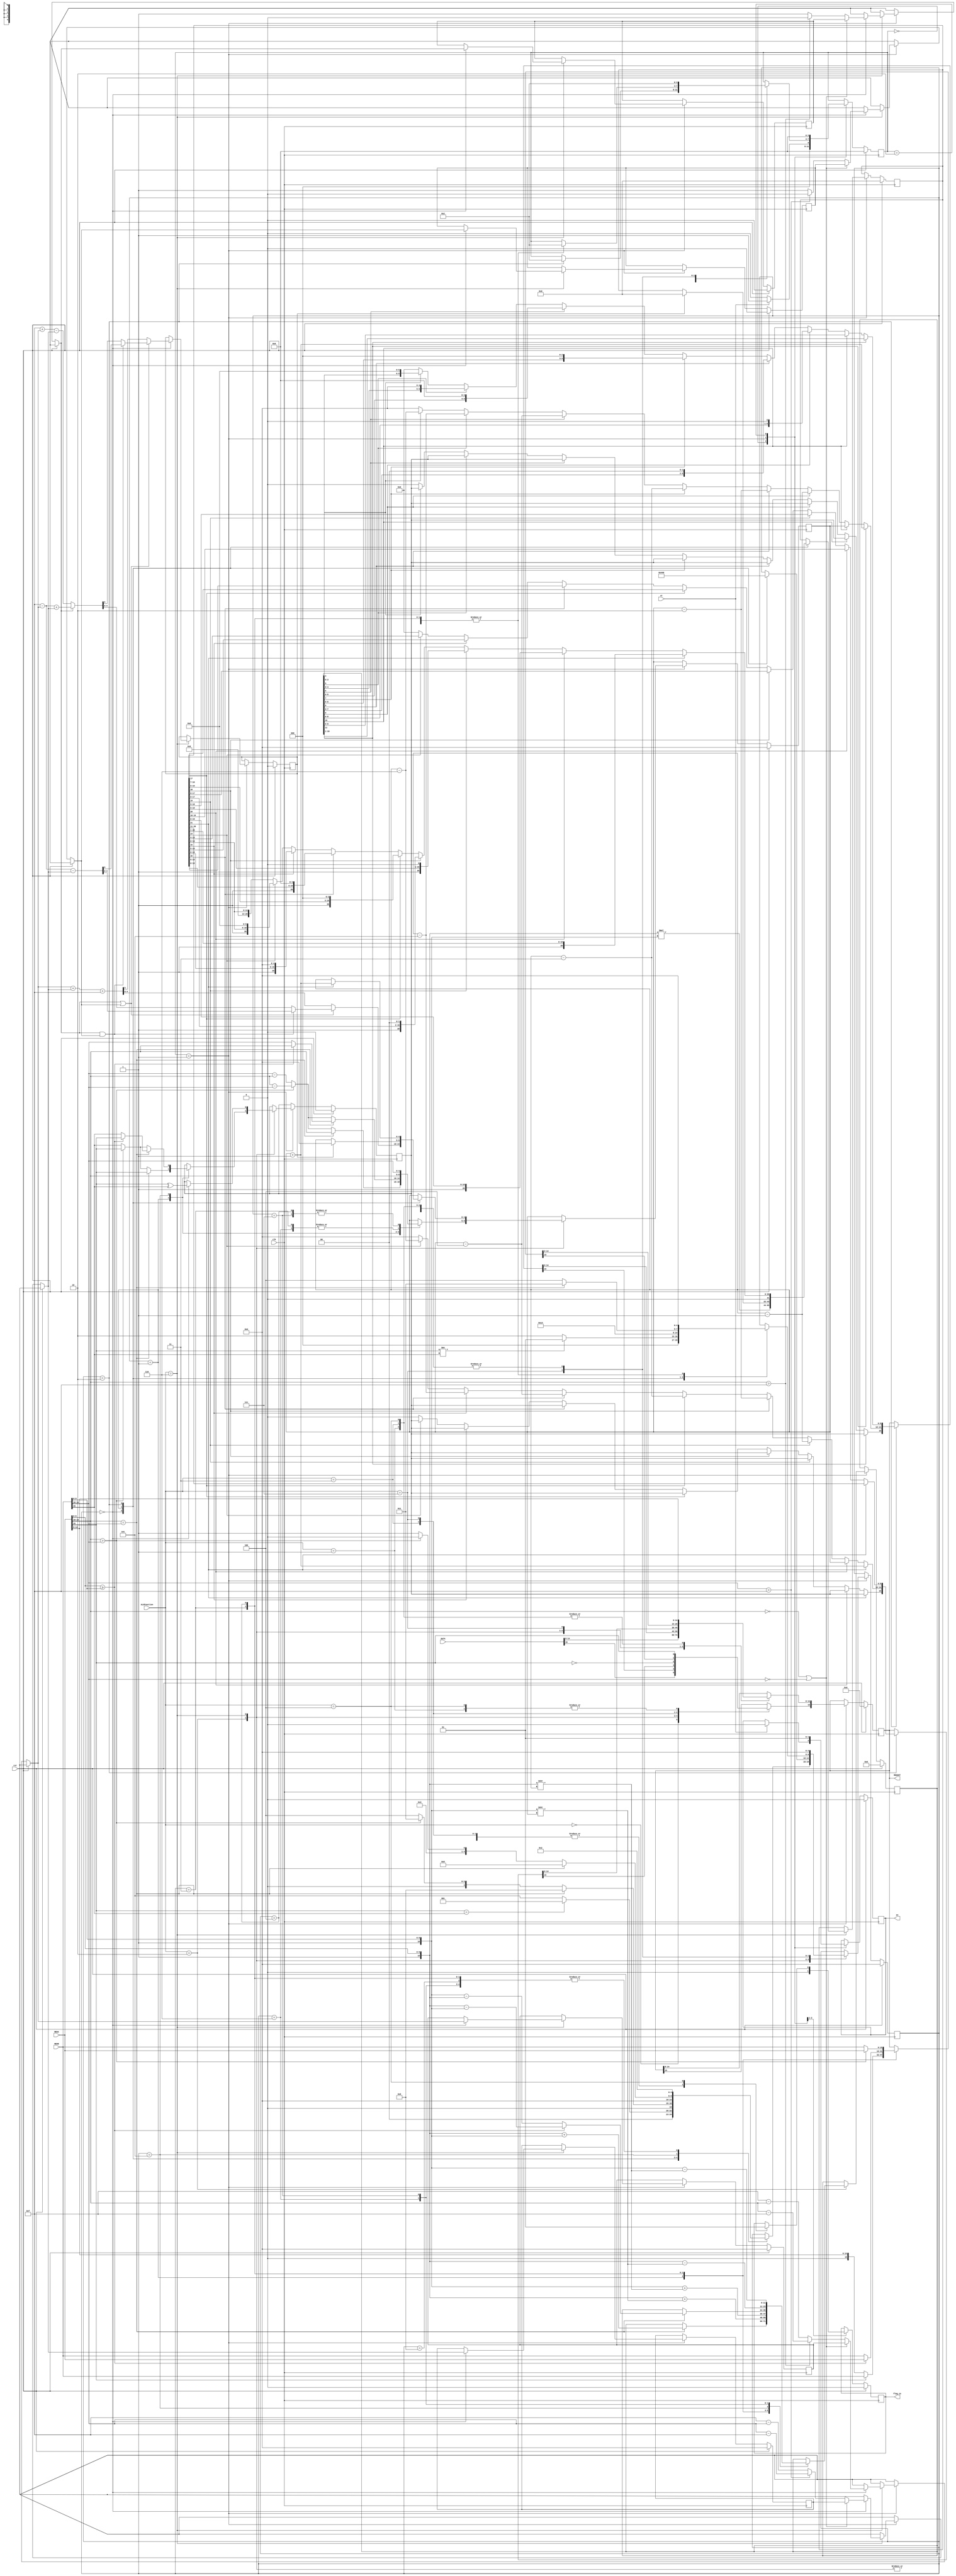
`timescale 1ns/10ps

module FPP_16bALU(clk,rst,st,DATA,REGA,REGB,ALUFunction,REGOUT,en,flag_io);


`define st0 0
`define st1 1
`define st2 2
`define st3 3
`define st4 4
`define st5 5
`define st6 6
`define st7 7
`define st8 8
`define st9 9
`define st10 10
`define st11 11
`define st12 12
`define st13 13
`define st14 14
`define st15 15

parameter  LOAD = 4'b0000, MOV = 4'b0001, ADD = 4'b0010, NEG = 4'b0011,
           STORE = 4'b0100, DIV = 4'b0101, MUL = 4'b0110, MAX = 4'b0111,
           SUB = 4'b1000, CLR = 4'b1001;
		   		   
//input registers
input 			clk ,rst,st;
input [15:0] 	DATA;
input [15:0] 	REGA,REGB;
input [3:0]  	ALUFunction;

//output registers
output reg 		en,flag_io;
output reg [15:0] REGOUT;

//Temporary Variables 
reg [4:0] REGS;
reg [3:0] REGF;

//Temporary Addition Variables
reg [4:0]  TempExp;
reg [11:0] TempMatissa;
reg [21:0] TempMul;
reg [4:0]  TempExpA, TempExpB;
reg TempSign;
reg TempSignA, TempSignB,ExpCarry,MatCarry;
reg [11:0] TempValue;

always @(posedge clk) begin
	if (rst) begin 
	en = 0;
	REGOUT = 0;
	REGS = 0;
	REGF = 0;
	TempExp = 0;
	TempMatissa = 0; 
	TempSign = 0; 
	TempValue = 0; 
	TempMul = 0; 
	TempExpA = 0 ; 
	TempSignA = 0; 
	TempSignB = 0;
	TempExpB = 0; 
	ExpCarry = 0;
	MatCarry = 0;
	flag_io = 0;
	end else begin 
	       
			case(REGF)
			     `st0: begin if (st == 1) begin REGF = `st1; flag_io = 0; en = 0; end 
							 else begin REGF = `st0;flag_io = 0; end  
					   end 
			     `st1: begin en = 0;
							case(ALUFunction) 
								LOAD :  begin REGOUT = DATA; flag_io = 0;  REGS = `st0; REGF = `st2;  end 
								MOV   :  begin REGOUT = REGA ; flag_io = 0; REGS = `st0; REGF = `st2;  end 
								ADD   :  begin flag_io = 0;
										   case(REGS)
											`st0: begin //check if it is signed or not
													    if(REGA[15] == REGB[15]) begin 
														REGS = `st1;
														end else begin 
															REGS = `st5; 
														end 
												  end
											`st1: begin // unsigned so check which is a greater number
														if(REGA[14:10] == REGB[14:10]) begin 
														TempMatissa  = {1'b1,REGA[9:0]}+{1'b1, REGB[9:0]};
														TempExp = REGA[14:10];
														TempSign = REGA[15];
														REGS = `st8;
														end else begin 
														   if(REGA[14:10]> REGB[14:10]) begin 
														   TempExp = REGA[14:10] - REGB[14:10];
														   TempSign = REGA[15];
														   REGS = `st3;
														   end else begin 
														   TempExp = REGB[14:10] - REGA[14:10];
														   TempSign = REGB[15];
														   REGS = `st4;
														   end 
														end
												  end
											`st2: begin  //normalise mantissa and exponent
														if (TempMatissa[11]) begin 
														TempValue = TempMatissa >> 1; 
														REGOUT[9:0] = TempValue[9:0];
														REGOUT[14:10] = TempExp +1;
														REGOUT[15] = TempSign;
														REGS = `st0; REGF = `st2;	
														end else begin
															if(TempMatissa[10])begin
															TempValue = TempMatissa;
															REGOUT[9:0] = TempValue[9:0]; 
															REGOUT[14:10] = TempExp ;
															REGOUT[15] = TempSign;
															REGS = `st0; REGF = `st2;end
															else begin 
																if(TempMatissa[9])begin
																TempValue = TempMatissa << 1;
																REGOUT[9:0] = TempValue[9:0]; 
																REGOUT[14:10] = TempExp -1 ;
																REGOUT[15] = TempSign;
																REGS = `st0; REGF = `st2;end
																else begin 
																	if(TempMatissa[8])begin
																	TempValue = TempMatissa << 2;
																	REGOUT[9:0] = TempValue[9:0]; 
																	REGOUT[14:10] = TempExp -2 ;
																	REGOUT[15] = TempSign;
																	REGS = `st0; REGF = `st2;end
																	else begin
																		if(TempMatissa[7])begin
																		TempValue = TempMatissa << 3;
																		REGOUT[9:0] = TempValue[9:0]; 
																		REGOUT[14:10] = TempExp -3 ;
																		REGOUT[15] = TempSign;
																		REGS = `st0; REGF = `st2;end 
																		else begin 
																			if(TempMatissa[6])begin
																			TempValue = TempMatissa << 4;
																			REGOUT[9:0] = TempValue[9:0]; 
																			REGOUT[14:10] = TempExp -4 ;
																			REGOUT[15] = TempSign;
																			REGS = `st0; REGF = `st2;end
																			else begin 
																				if(TempMatissa[5])begin
																				TempValue = TempMatissa << 5;
																				REGOUT[9:0] = TempValue[9:0]; 
																				REGOUT[14:10] = TempExp -5 ;
																				REGOUT[15] = TempSign;
																				REGS = `st0; REGF = `st2;end
																				else begin 
																					if(TempMatissa[4])begin
																					TempValue = TempMatissa << 6;
																					REGOUT[9:0] = TempValue[9:0]; 
																					REGOUT[14:10] = TempExp -6 ;
																					REGOUT[15] = TempSign;
																					REGS = `st0; REGF = `st2;end
																					else begin 
																					TempValue = 12'b000000000000;
																					REGOUT[9:0] = 10'b0000000000; 
																					REGOUT[14:10] = 5'b00000 ;
																					REGOUT[15] = 0;
																					REGS = `st0; REGF = `st2;
																					end 
																				end 
																			end
																		end
																	end 	
																end 	
															end
														end 	
												  end
											`st3: begin 
													TempValue[10:0] = {1'b1, REGB[9:0]} >> TempExp;
													TempMatissa = {1'b1,REGA[9:0]} + TempValue[10:0];
													TempExp = REGA[14:10];
													REGS = `st2;													
												  end
											`st4: begin 
													TempValue[10:0]  = {1'b1,REGA[9:0]} >> TempExp;
													TempMatissa = {1'b1,REGB[9:0]} + TempValue[10:0];
													TempExp = REGB[14:10];
													REGS = `st2;													
												  end
											`st5: begin 
														if(REGA[14:10] == REGB[14:10]) begin 
															if(REGA[9:0] >= REGB[9:0]) begin
															TempExp = REGA[14:10];
															TempMatissa = {1'b1,REGA[9:0]} - {1'b1, REGB[9:0]};
															TempSign = REGA [15];
															REGS = `st8;
															end else begin
															TempExp = REGB[14:10];
															TempMatissa = {1'b1,REGB[9:0]} - {1'b1, REGA[9:0]};
															TempSign = REGB[15];
															REGS = `st8;
															end 
														end else begin 
															if(REGA[14:10] > REGB[14:10]) begin
															TempExp = REGA[14:10] - REGB[14:10];
															TempSign = REGA [15];
															REGS = `st6; 
															end else begin
															TempExp = REGB[14:10]- REGA[14:10];
															TempSign = REGB[15];
															REGS = `st7 ;
															end 
														end
												  end 
											`st6: begin 
													TempValue[10:0]  = {1'b1, REGB[9:0]} >> TempExp;
													TempMatissa = {1'b1,REGA[9:0]} - TempValue[10:0];
													TempExp = REGA[14:10];
													REGS = `st2;													
												  end
											`st7: begin 
													TempValue[10:0]  = {1'b1,REGA[9:0]} >> TempExp;
													TempMatissa = {1'b1,REGB[9:0]} - TempValue[10:0];
													TempExp = REGB[14:10];
													REGS = `st2;													
												  end
										    `st8: begin 
												  REGS = `st2;
												  end 
										   endcase
										 end 
								MUL    :  begin flag_io = 0;
											case(REGS)
												`st0: begin
														TempSign = REGA[15] ^ REGB[15];
														if ((REGA[14:10]  == 4'b0000) || (REGB[14:10]  == 4'b0000)) begin 
															 if(REGB[14:10] == 4'b0000) begin 
															 TempExp = REGA[14:10]; 
															 end else begin 
															 TempExp = REGB[14:10]; end 
														end else begin 
																if(REGA[14:10] > 5'b01111) begin 
																TempExpA = REGA[14:10] - 5'b01111 ; 
																TempSignA = 0;
																end else begin 
																TempExpA = 5'b01111 - REGA[14:10]; 
																TempSignA = 1;
																end	
																if(REGB[14:10] > 5'b01111) begin 
																TempExpB = REGB[14:10] - 5'b01111; 
																TempSignB = 0;
																end else begin 
																TempExpB = 5'b01111 - REGB[14:10] ; 
																TempSignB = 1;
																end	
														end 
														if ((TempSignA == 1) || (TempSignB == 1)) begin 
														   if((TempSignA == 1) && (TempSignB == 1)) begin  
															{ExpCarry,TempExp} = 5'b01111 - TempExpA - TempExpB;
														   end else begin 
																if (TempSignA == 1) begin 
																   {ExpCarry,TempExp} = 5'b01111 - TempExpA + TempExpB;
																end else begin 
																	{ExpCarry,TempExp} = 5'b01111 + TempExpA - TempExpB;
																end 
														   end 
														end else begin 
															{ExpCarry,TempExp} = TempExpA + TempExpB + 5'b01111;
														end 
														TempMul = {1'b1,REGA[9:0]} * {1'b1,REGB[9:0]};
														REGS = `st1;
													  end
												`st1: begin 
												         if (ExpCarry == 1) begin 
														 TempExp = 5'b00000;
														 TempMul = 10'b0000000000;
														 REGS = `st2;
														 end else begin 
														 REGS = `st2;
														 end 
													  end 
												`st2: begin 
														if(TempMul[21]) begin 
															TempMul = TempMul >> 1; 
															TempExp = TempExp +1 ; 
															REGOUT[9:0] = TempMul[19:10];
															REGOUT[14:10] = TempExp;
															REGOUT[15] = TempSign;
															REGS = `st0; REGF = `st2;
														end else begin  
														    if(TempMul[20]) begin 
															REGOUT[9:0] = TempMul[19:10];
															REGOUT[14:10] = TempExp;
															REGOUT[15] = TempSign;
															REGS = `st0; REGF = `st2;
															end else begin 
																if (TempMul[19]) begin 
																    TempMul = TempMul << 1; 
																	REGOUT[9:0] = TempMul[19:10];
																	REGOUT[14:10] = TempExp -1;
																	REGOUT[15] = TempSign;
																	REGS = `st0; REGF = `st2;
																end else begin
																	if (TempMul[18]) begin 
																	TempMul = TempMul << 2; 
																	REGOUT[9:0] = TempMul[19:10];
																	REGOUT[14:10] = TempExp -2;
																	REGOUT[15] = TempSign;
																	REGS = `st0; REGF = `st2;
																	end else begin 
																		if (TempMul[17]) begin
																		TempMul = TempMul << 3; 
																		REGOUT[9:0] = TempMul[19:10];
																		REGOUT[14:10] = TempExp -3;
																		REGOUT[15] = TempSign;
																		REGS = `st0; REGF = `st2; 
																		end else begin 
																			if (TempMul[16]) begin
																			TempMul = TempMul << 4; 
																			REGOUT[9:0] = TempMul[19:10];
																			REGOUT[14:10] = TempExp -4;
																			REGOUT[15] = TempSign;
																			REGS = `st0; REGF = `st2;
																			end else begin 
																				if (TempMul[15]) begin
																			    TempMul = TempMul << 5; 
																				REGOUT[9:0] = TempMul[19:10];
																				REGOUT[14:10] = TempExp -5;
																				REGOUT[15] = TempSign;
																				REGS = `st0; REGF = `st2;
																				end else begin 
																					if (TempMul[14]) begin
																					TempMul = TempMul << 6; 
																					REGOUT[9:0] = TempMul[19:10];
																					REGOUT[14:10] = TempExp -6;
																					REGOUT[15] = TempSign;
																					REGS = `st0; REGF = `st2;
																					end else begin 
																					REGOUT[9:0] = 10'b0000000000;
																					REGOUT[14:10] = 5'b00000;
																					REGOUT[15] = 1'b0;
																					REGS = `st0; REGF = `st2;
																					end
																				end 
																			end
																		end 
																	end 
																end 
															end
														end
													  end
											endcase
										  end 
								NEG    :  begin flag_io = 0;
												REGOUT[15]= ~REGA[15];
												REGOUT[14:0] = REGA[14:0] ;REGS = `st0; REGF = `st2; end  
								MAX    :  begin 
											flag_io = 0;
											 case (REGS)
											 `st0: begin 
														if(REGA[15] != REGB[15]) begin 
														REGS = `st1;
														end else begin 
														REGS = `st2;
														end 
												   end 
											 `st1: begin 
														if(REGA[15] == 1) begin 
														REGOUT = REGB; REGS = `st5; 
														end else begin 
														REGOUT = REGA; REGS = `st5;
														end 
												   end 
											 `st2: begin 
														if(REGA[14:10] == REGB[14:10]) begin 
														REGS = `st3;
														end else begin 
														REGS = `st4;
														end 
												   end 
											 `st3: begin 
														if(REGA[9:0] >= REGB[9:0]) begin 
														REGOUT = REGA; REGS = `st0; REGF = `st2;
														end else begin 
														REGOUT = REGB; REGS = `st0; REGF = `st2;
														end 
												   end
											 `st4: begin 
														if(REGA[14:10] > REGB[14:10]) begin 
														REGOUT = REGA; REGS = `st0; REGF = `st2;
														end else begin 
														REGOUT = REGB; REGS = `st0; REGF = `st2;
														end 
												   end 
											  `st5: begin 
													    REGS = `st0; REGF = `st2;	
													end 
											 endcase               
										 end
								STORE : begin 
								         REGOUT = REGA; flag_io = 1; REGS = `st0; REGF = `st2;
										end
										
							endcase		 
					end 
		`st2: begin
				en = 1; REGF = `st0;
		      end 
		 endcase
	end
end

endmodule